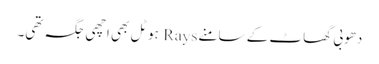
دھوبی گھاٹ کے سامنے Rays ہوٹل بھی اچھی جگہ تھی۔